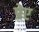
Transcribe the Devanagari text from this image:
प्रेए